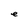
Character: e